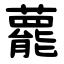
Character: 藣